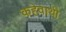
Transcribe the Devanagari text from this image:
कहेवाथी